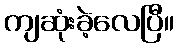
ကျဆုံးခဲ့လေပြီ။